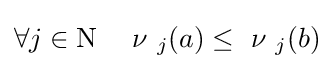
\forall j\in \mathrm {N} \;\quad \nu \ _{j}(a)\leq \ \nu \ _{j}(b)